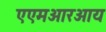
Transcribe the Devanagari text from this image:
एएमआरआय